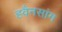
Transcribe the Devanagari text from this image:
ह्वैनसांग